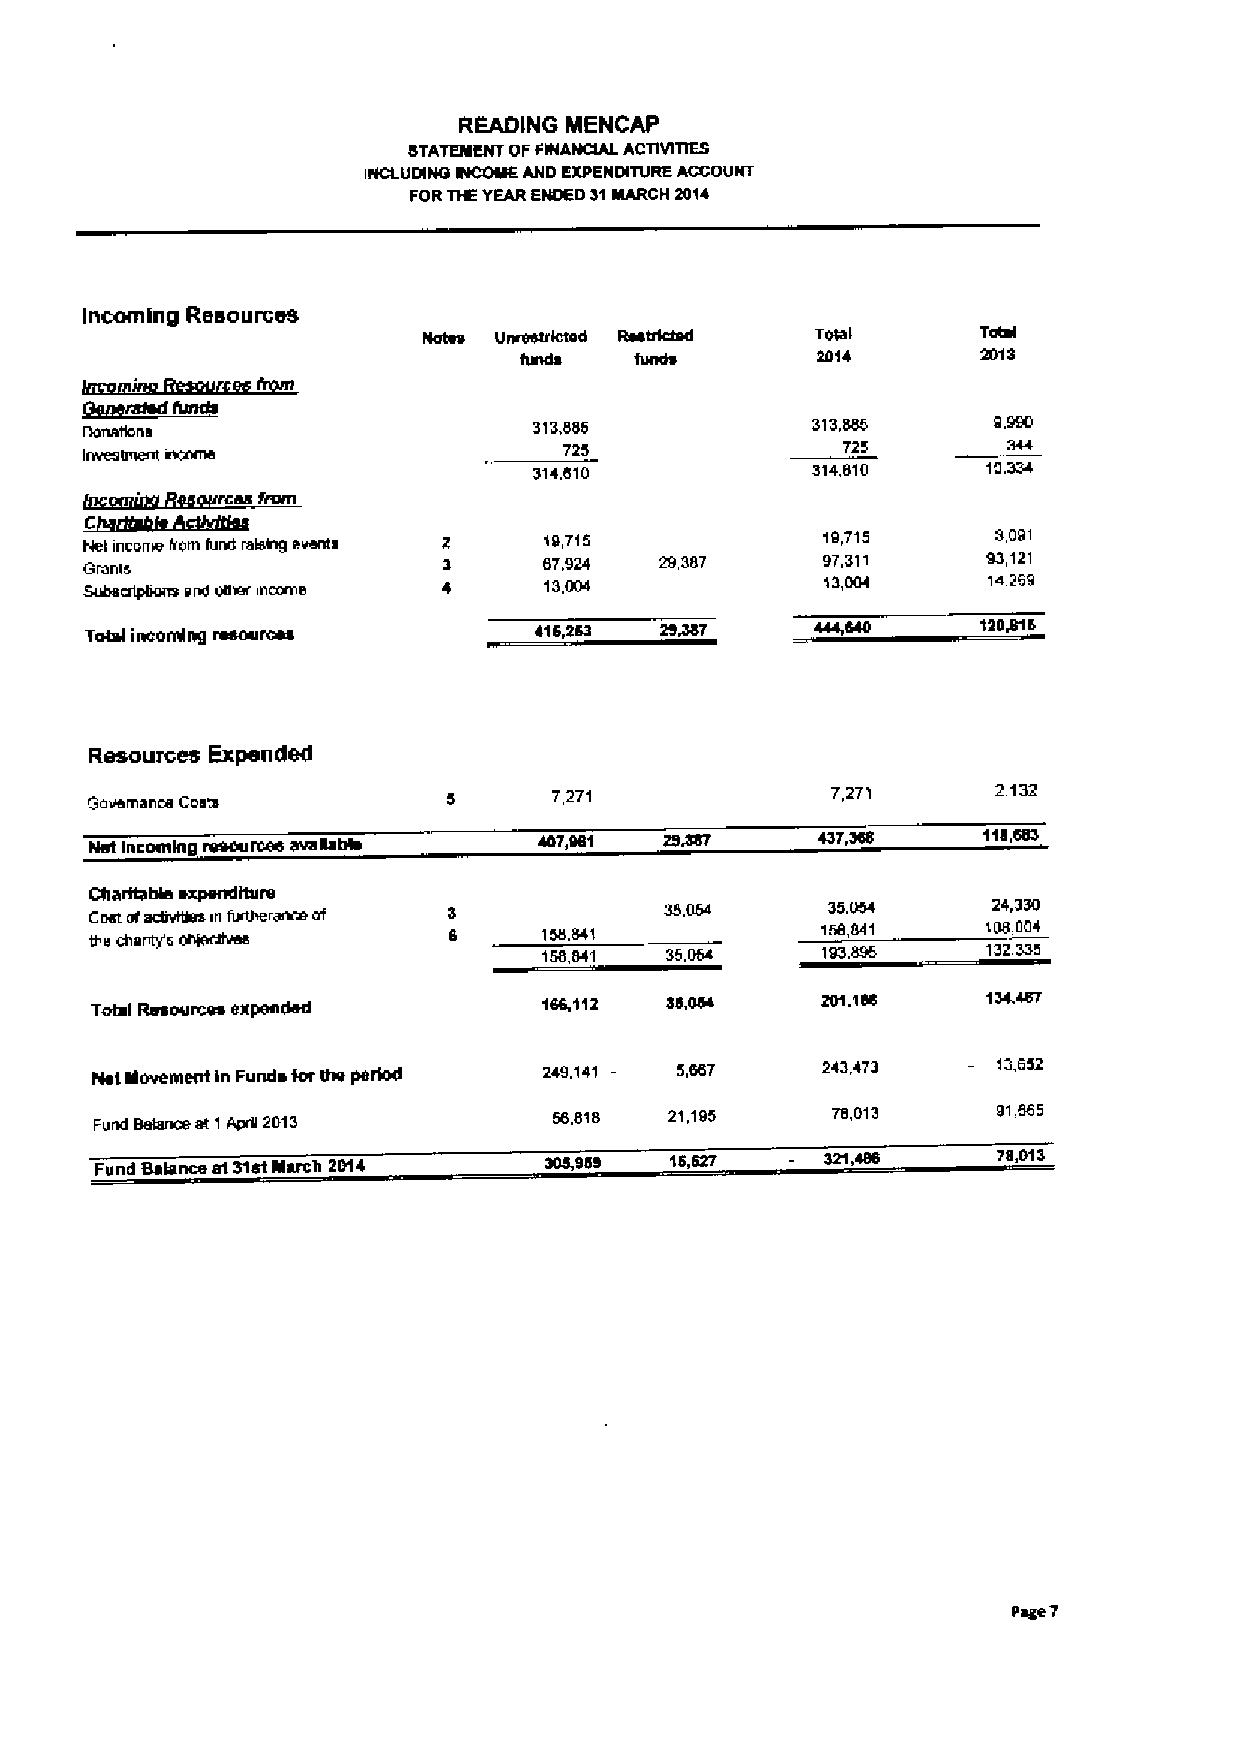
READING MENCAP
 8TATEMENT OFFtnANCIAL ACllVnlEE
 INCLUDINO EtCOMEAND EXPENDITURE ACCOUNT
 FORTIVYEARENDED 31MARCH 2014
 Incoming Resources
 Terai      Total
 2014       2013
 DonaBona
 313,6$6            313,865
 Inveolmeni vKome                725
 314,810            314,010    10,334
 ~cdVgisdgihllgV
 Net income fmm hsxi mlsvr9 events 10,715        19,715      3,091
 67,924  293$7     97,311     93,121
 GmIIlli
 Subscrlpfxxn snd der income   13,004             13,00t    14,269
 Total incoming resources     415,253  20387                120WB
 Resources Expended
 Governance Costs               7,271             7,271      2,132
 I10,6IO
 Net incoming~resources avagahta
 Charitable expenditure
 35.054     24,330
 Cost ofscBvlthn in furtherance of
 the charity's
 156,841           158,841    108,004
 158,841 35,064               132,335
 Total Resources expended      166,112
 Net Vovemsnt in Funds tor the period 249.141    243,473     13,652
 Fund Entrees at 1ApW 2013      56.018 21,195     78,013     91,$65
 Fund Balance at 31stMarch 2014 SLL900 15,527
 70,013
 Page 7